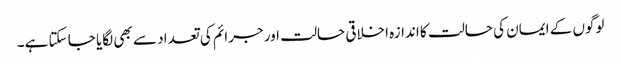
لوگوں کے ایمان کی حالت کا اندازہ اخلاقی حالت اور جرائم کی تعداد سے بھی لگایا جا سکتا ہے۔